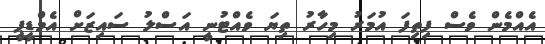
އެއްމެން ވެސް ފިތިފަ އުމަރު މިހާރު ތިޔަ ވެއްޓުނީ އަސްލު ސައިޒަށް އެމްޑީޕީ